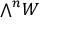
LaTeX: \textstyle { \bigwedge } ^ { n } W